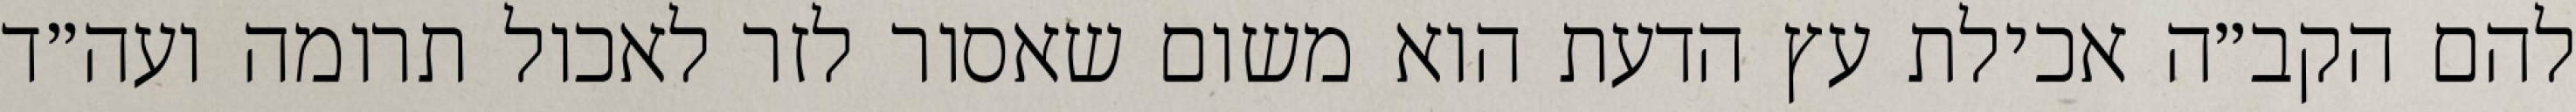
להם הקב״ה אכילת עץ הדעת הוא משום שאסור לזר לאכול תרומה ועה״ד